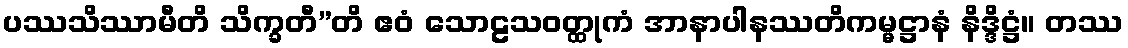
ပဿသိဿာမီတိ သိက္ခတီ”တိ ဧဝံ သောဠသဝတ္ထုကံ အာနာပါနဿတိကမ္မဋ္ဌာနံ နိဒ္ဒိဋ္ဌံ။ တဿ